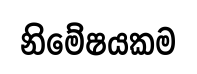
නිමේෂයකම